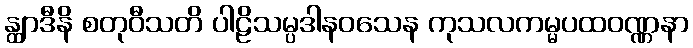
န္တျာဒီနိ စတုဝီသတိ ပါဠိသမ္ပဒါနဝသေန ကုသလကမ္မပထဝဏ္ဏနာ